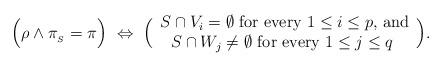
LaTeX: \begin{align*} \Bigl( \rho \wedge \pi_{ { }_S } = \pi \Bigr)\ \Leftrightarrow \ \Bigl( \begin{array}{c}S \cap V_i = \emptyset \mbox{ for every $1 \leq i \leq p$, and} \\S \cap W_j \neq \emptyset \mbox{ for every $1 \leq j \leq q$ }\end{array} \Bigr) .\end{align*}